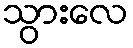
သွားလေ